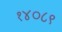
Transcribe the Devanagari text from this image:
१४०८९